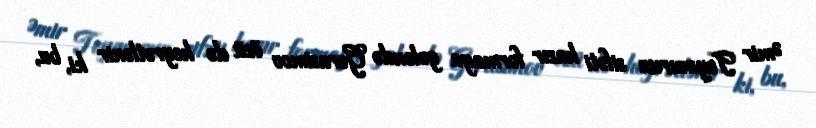
Əmir Teymurun sifəti hazır formaya gələndə Gerasimov özü də heyrətlənir ki, bu,